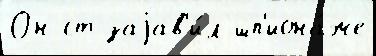
Он ст заjав'и́л шп'иона́же